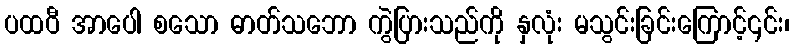
ပထဝီ အာပေါ စသော ဓာတ်သဘော ကွဲပြားသည်ကို နှလုံး မသွင်းခြင်းကြောင့်၎င်း၊